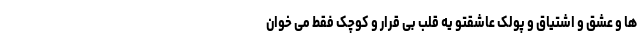
ها و عشق و اشتیاق و پولک عاشقتو یه قلب بی قرار و کوچک فقط می خوان